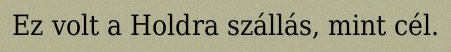
Ez volt a Holdra szállás, mint cél.